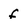
Character: f